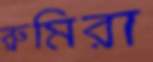
রুমিরা